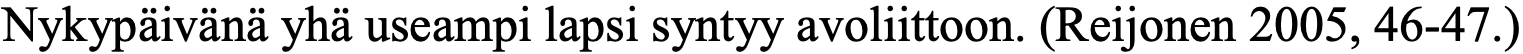
Nykypäivänä yhä useampi lapsi syntyy avoliittoon. (Reijonen 2005, 46-47.)